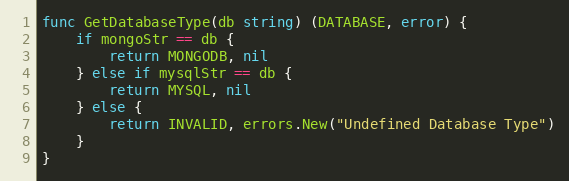
Language: Go
func GetDatabaseType(db string) (DATABASE, error) {
	if mongoStr == db {
		return MONGODB, nil
	} else if mysqlStr == db {
		return MYSQL, nil
	} else {
		return INVALID, errors.New("Undefined Database Type")
	}
}